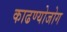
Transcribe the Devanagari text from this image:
काढण्योजोग